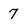
Character: 7